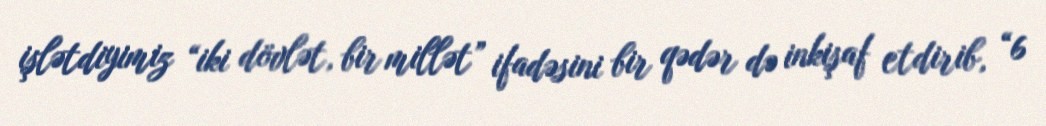
işlətdiyimiz “iki dövlət, bir millət” ifadəsini bir qədər də inkişaf etdirib, “6